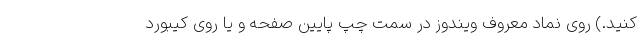
کنید.) روی نماد معروف ویندوز در سمت چپ پایین صفحه و یا روی کیبورد